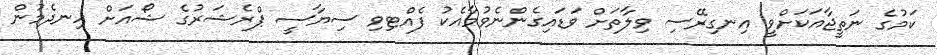
ކަމުގެ ނަތީޖާއަކަށްވީ އިނގިރޭސި ވިލާތަށް ވަޑައިގެންނެވުމާއެކު ފެއްޓިވި ސިޔާސީ ޕްރެޝަރުގެ ޝޯއަށް ހިނދެމުން